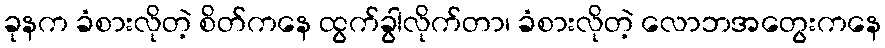
ခုနက ခံစားလိုတဲ့ စိတ်ကနေ ထွက်ခွါလိုက်တာ၊ ခံစားလိုတဲ့ လောဘအတွေးကနေ